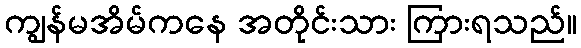
ကျွန်မအိမ်ကနေ အတိုင်းသား ကြားရသည်။